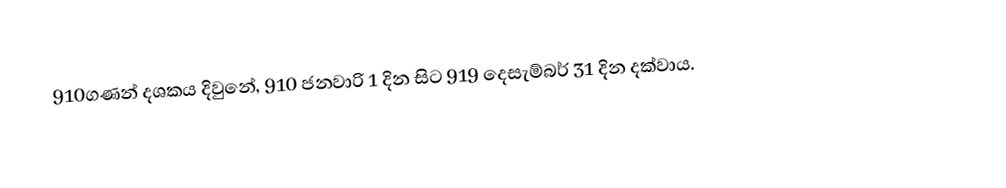
910ගණන් දශකය දිවුනේ, 910 ජනවාරි 1 දින සිට 919 දෙසැම්බර් 31 දින දක්වාය.